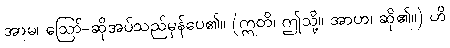
အာမ၊ ဩော်-ဆိုအပ်သည်မှန်ပေ၏။ (ဣတိ၊ ဤသို့။ အာဟ၊ ဆို၏။) ဟိ